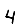
Digit: 4